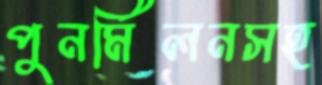
পুনর্মিলনসহ